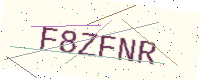
Text: F8ZFNR